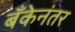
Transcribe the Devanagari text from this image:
बँकेनंतर